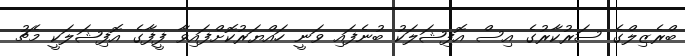
ބްރެޒިލްގެ ސަރުކާރުގެ އިސް އޮފިޝަލަކު ބުނެފައި ވަނީ ހައްޔަރުކޮށްފައިވާ ފީފާގެ އޮފިޝަލަކީ މެޗު